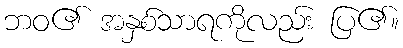
ဘဝ၏ အနှစ်သာရကိုလည်း ပြ၏။